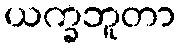
ယက္ခဘူတာ